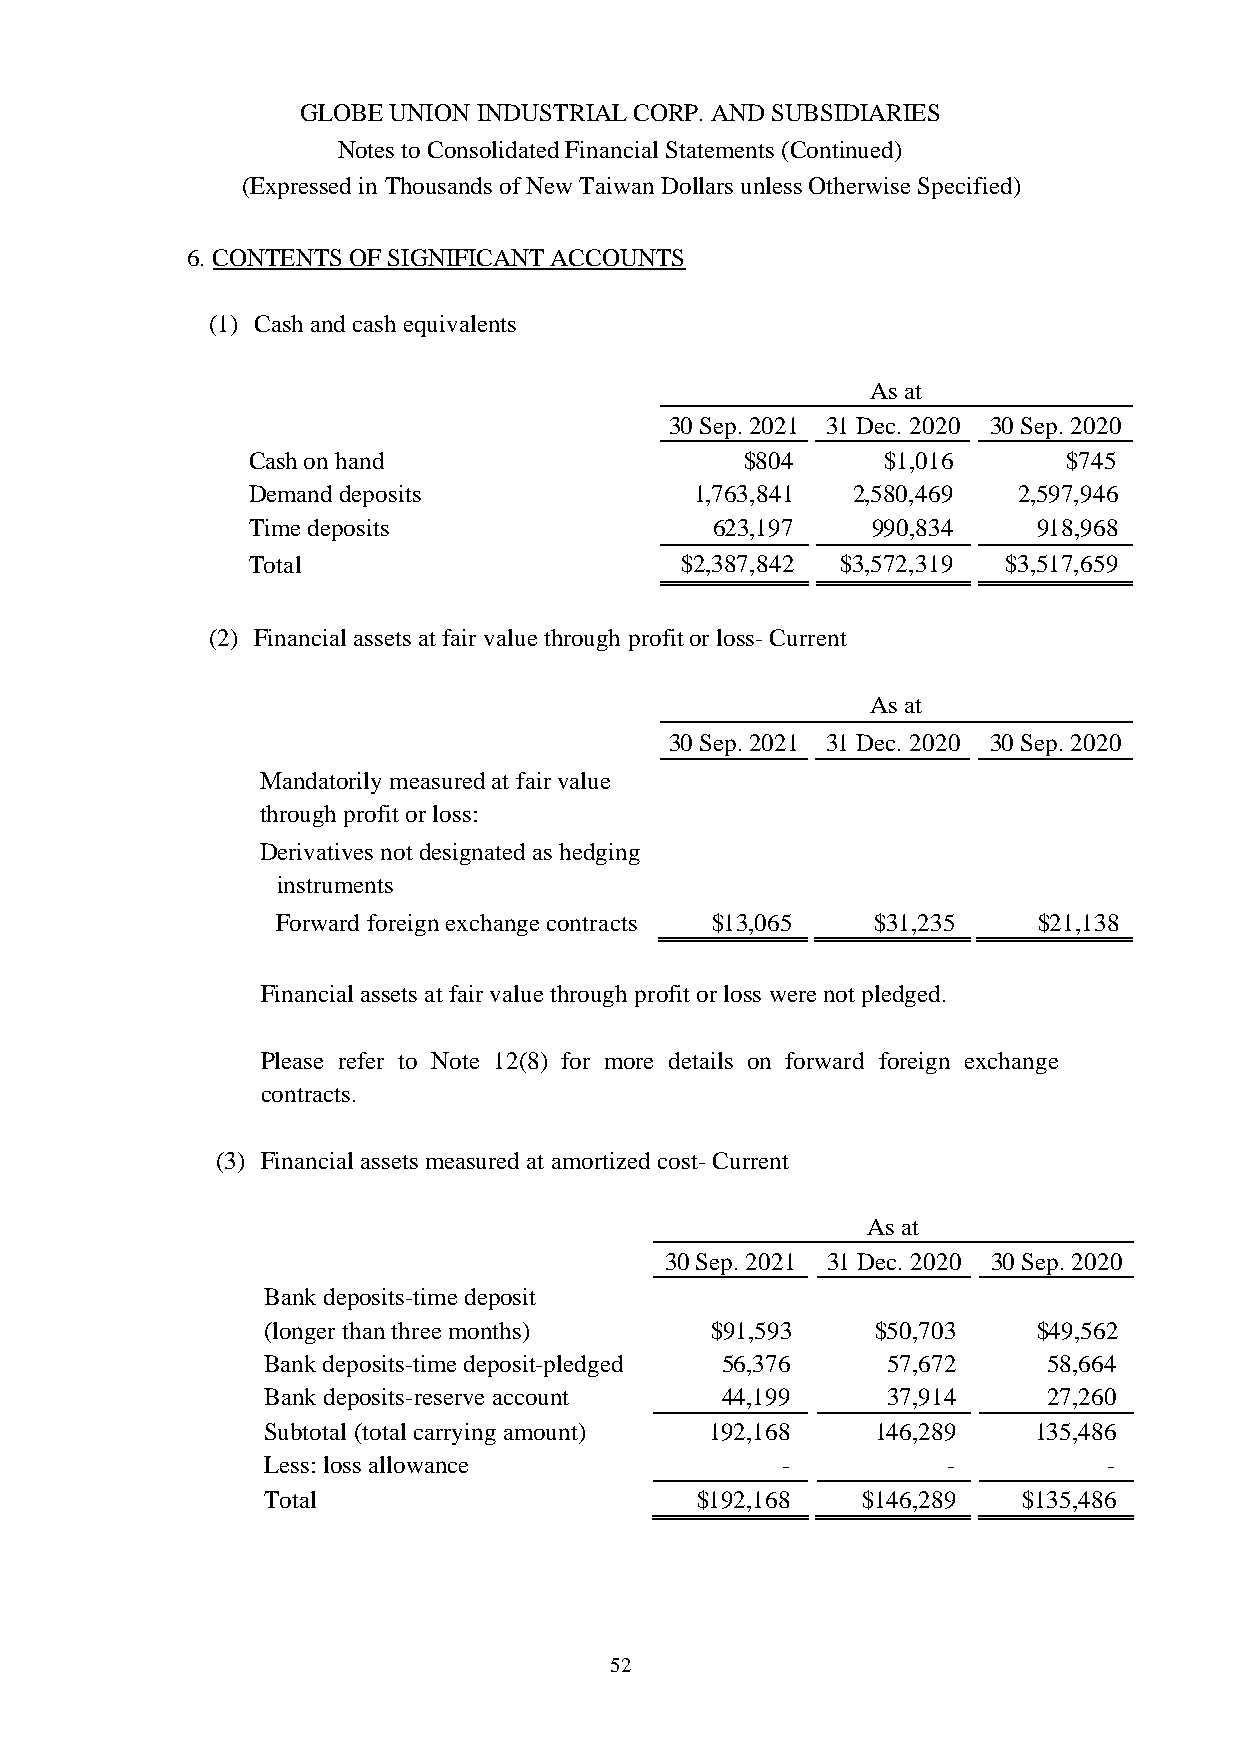
GLOBE UNION INDUSTRIAL CORP. AND SUBSIDIARIES
 Notes to Consolidated Financial Statements (Continued)
 (Expressed in Thousands of New Taiwan Dollars unless Otherwise Specified)
 6. CONTENTS OF SIGNIFICANT ACCOUNTS
 (1) Cash and cash equivalents
 As at
 30 Sep. 2021 31 Dec. 2020 30 Sep. 2020
 Cash on hand                     $804     $1,016       $745
 Demand deposits               1,763,841 2,580,469  2,597,946
 Time deposits                  623,197    990,834    918,968
 Total                        $2,387,842 $3,572,319 $3,517,659
 (2) Financial assets at fair value through profit or loss- Current
 As at
 30 Sep. 2021 31 Dec. 2020 30 Sep. 2020
 Mandatorily measured at fair value
 through profit or loss:
 Derivatives not designated as hedging
 instruments
 Forward foreign exchange contracts $13,065 $31,235 $21,138
 Financial assets at fair value through profit or loss were not pledged.
 Please refer to Note 12(8) for more details on forward foreign exchange
 contracts.
 (3) Financial assets measured at amortized cost- Current
 As at
 30 Sep. 2021 31 Dec. 2020 30 Sep. 2020
 Bank deposits-time deposit
 (longer than three months)    $91,593    $50,703    $49,562
 Bank deposits-time deposit-pledged 56,376 57,672    58,664
 Bank deposits-reserve account  44,199     37,914    27,260
 Subtotal (total carrying amount) 192,168 146,289   135,486
 Less: loss allowance               -          -         -
 Total                        $192,168   $146,289   $135,486
 52